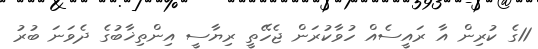
11ގެ ކުރިން އާ ރައީސެއް ހުވާކުރަން ޖެހޭތީ ރިޔާސީ އިންތިޚާބުގެ ދެވަނަ ބުރު